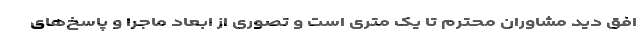
افق دید مشاوران محترم تا یک متری است و تصوری از ابعاد ماجرا و پاسخ‌های